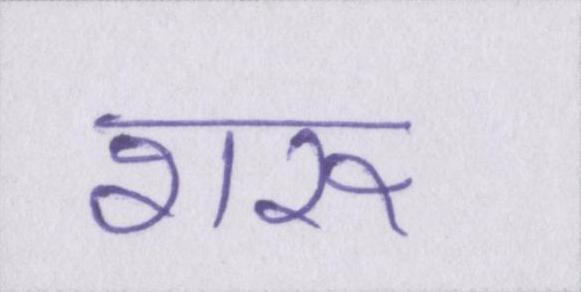
शरू